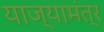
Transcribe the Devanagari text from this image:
याज्यामंत्र